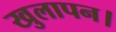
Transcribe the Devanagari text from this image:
खुलापन।